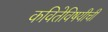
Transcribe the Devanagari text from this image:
कवितेविषयीची